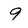
Character: 9